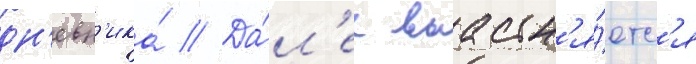
дн'евн'ика́ // Да́л'ее выасн'я́етс'я